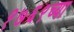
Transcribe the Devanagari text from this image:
१७६९च्या